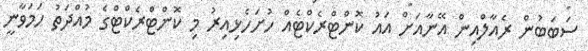
ސަބަބުން ރެއާލްއިން އޭނާއަށް އައު ކޮންޓްރެކްޓެއް ހުށަހެޅިއިރު މި ކޮންޓްރެކްޓްގެ މުއްދަތު ހަމަވާނީ